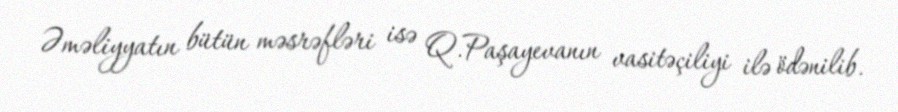
Əməliyyatın bütün məsrəfləri isə Q.Paşayevanın vasitəçiliyi ilə ödənilib.